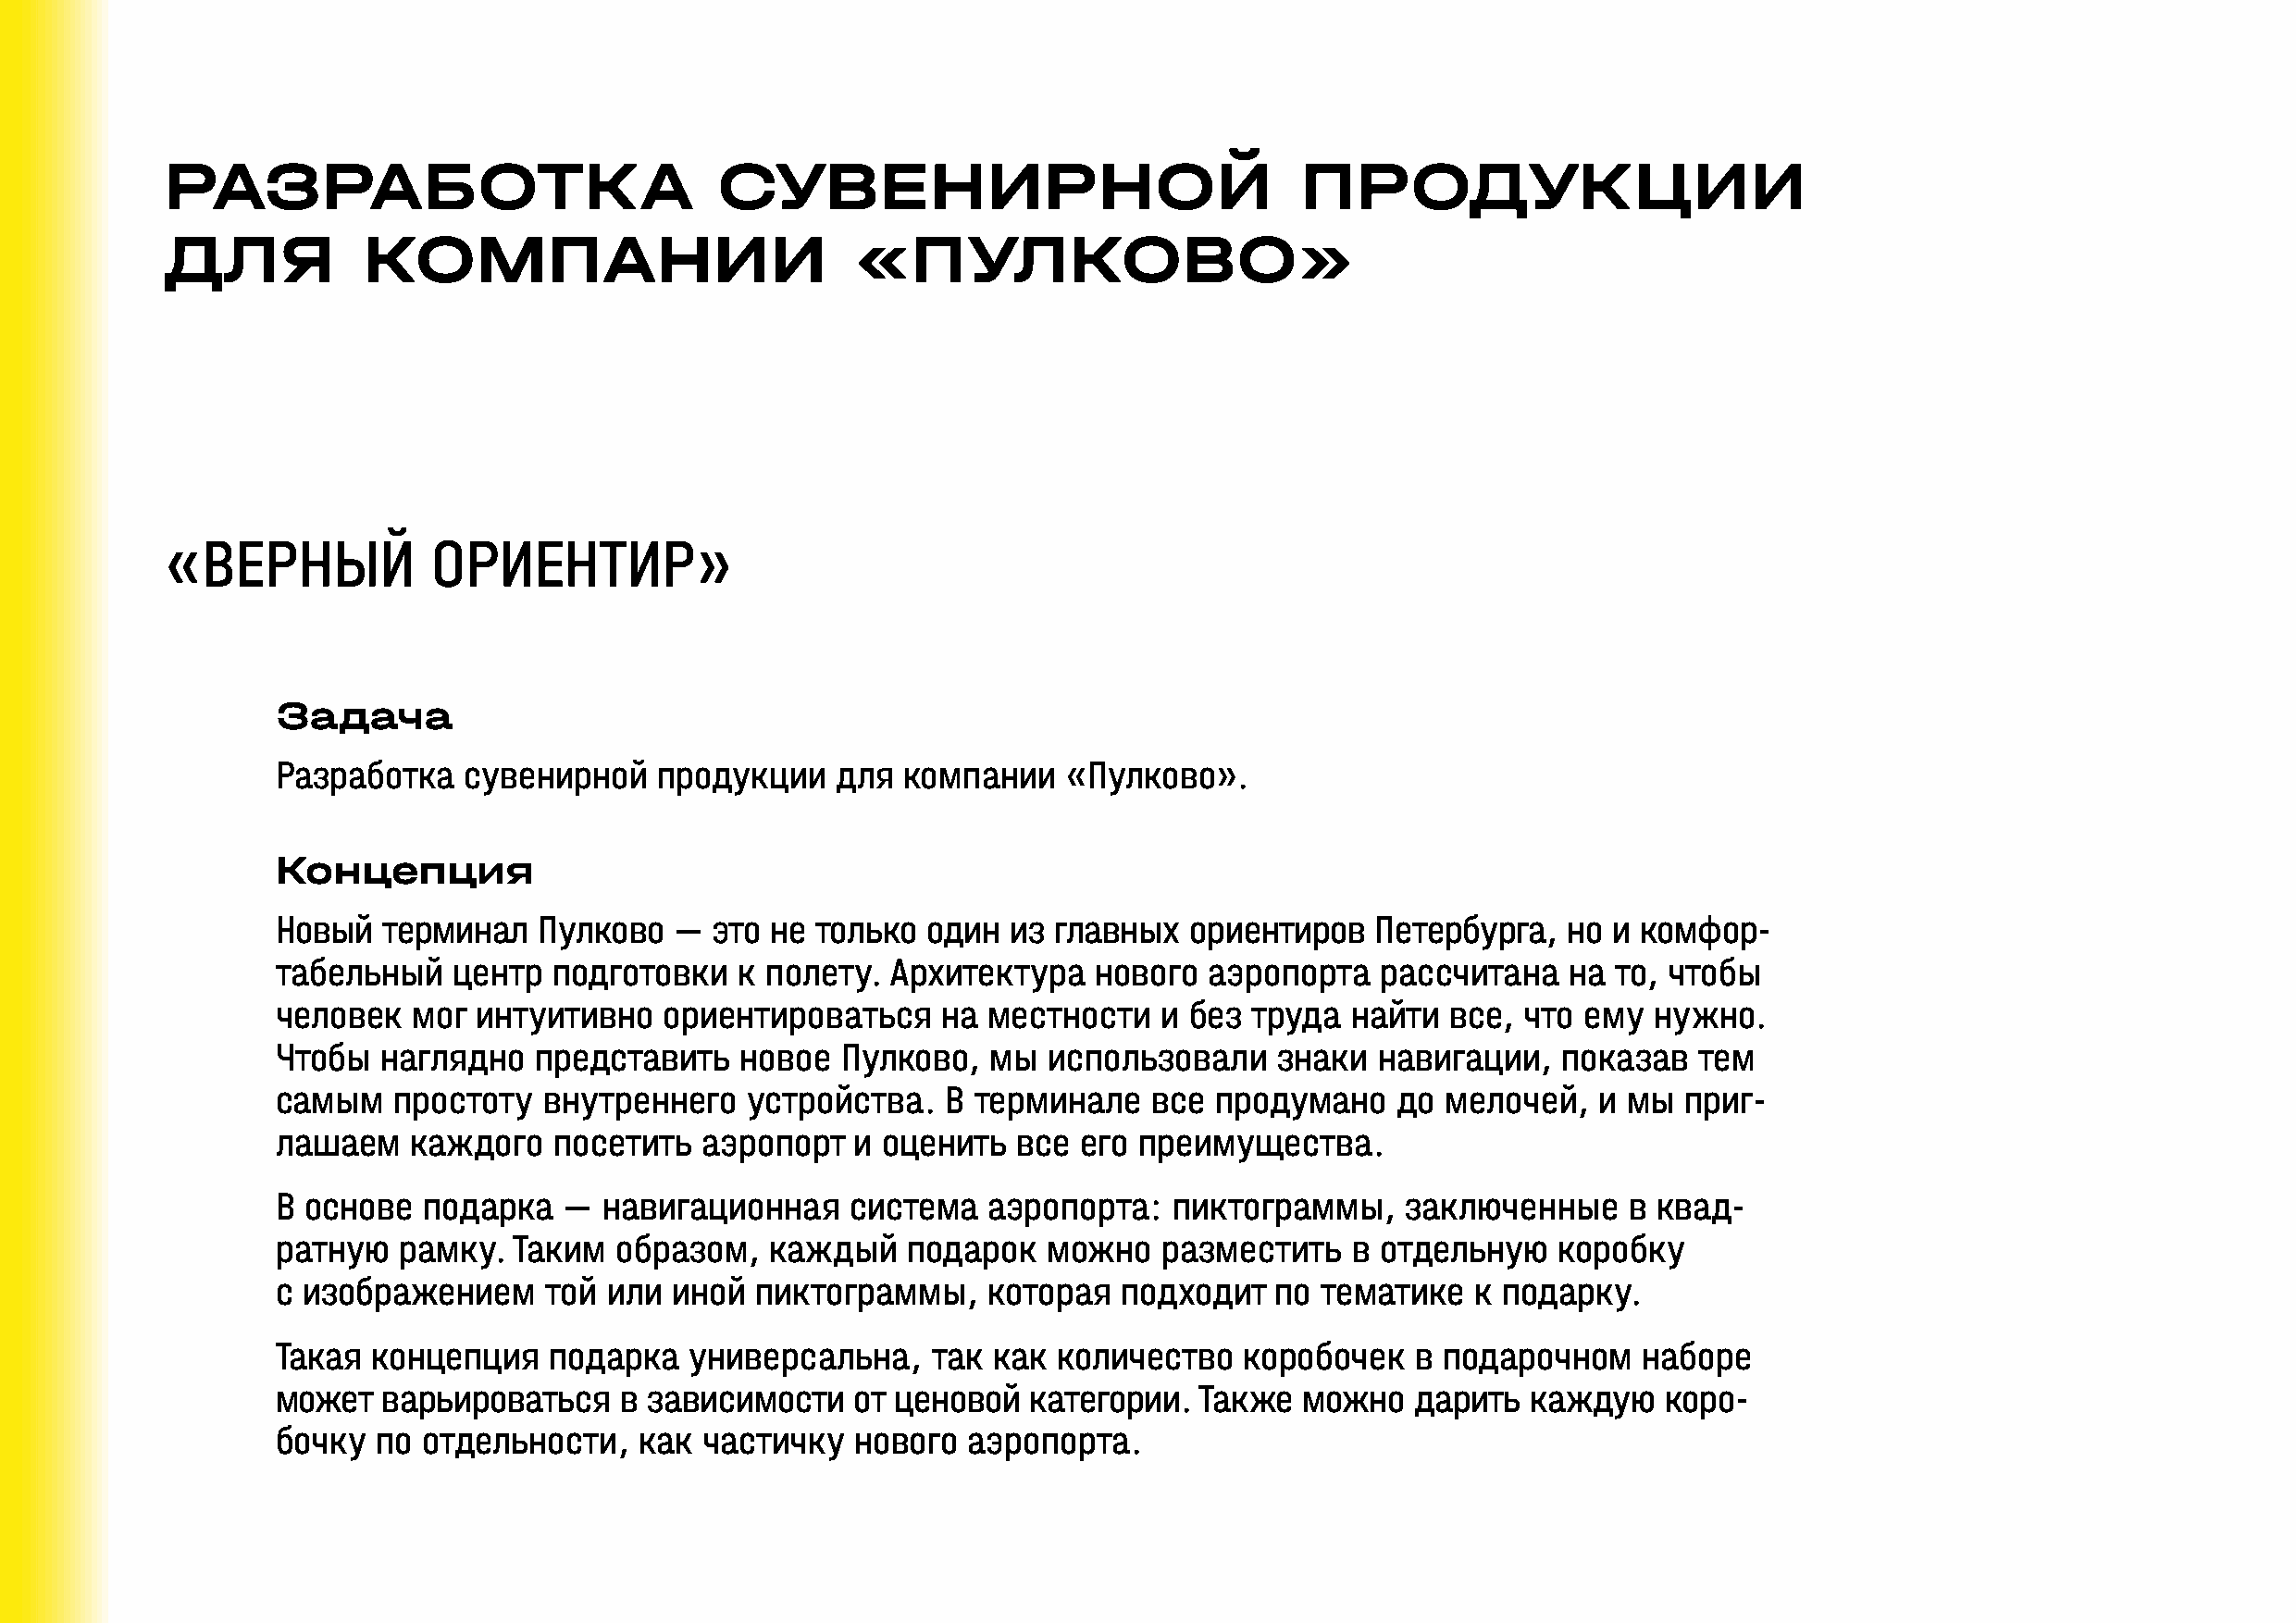
РАЗРАБОТКА                             СУВЕНИРНОЙ                                ПРОДУКЦИИ
 ДЛЯ           КОМПАНИИ                           «ПУЛКОВО»
 «ВЕРНЫЙ            ОРИЕНТИР»
 Задача
 Разработка   сувенирной    продукции    для  компании   «Пулково».
 Концепция
 Новый  терминал    Пулково  —  это не только  один  из главных   ориентиров   Петербурга,   но и комфор-
 табельный   центр   подготовки   к полету.  Архитектура   нового  аэропорта    рассчитана   на  то, чтобы
 человек   мог интуитивно   ориентироваться     на  местности   и без  труда  найти  все, что ему  нужно.
 Чтобы  наглядно   представить    новое  Пулково,   мы  использовали    знаки   навигации,   показав  тем
 самым   простоту   внутреннего   устройства.    В терминале   все  продумано    до мелочей,   и мы  приг-
 лашаем   каждого    посетить  аэропорт   и оценить   все его преимущества.
 В основе  подарка   —  навигационная     система   аэропорта:   пиктограммы,    заключенные     в квад-
 ратную   рамку.  Таким  образом,   каждый    подарок   можно   разместить    в отдельную   коробку
 с изображением     той или  иной  пиктограммы,     которая  подходит   по тематике   к подарку.
 Такая  концепция   подарка   универсальна,     так как  количество   коробочек   в подарочном    наборе
 может  варьироваться    в зависимости    от ценовой   категории.  Также  можно   дарить  каждую    коро-
 бочку  по отдельности,    как частичку   нового  аэропорта.